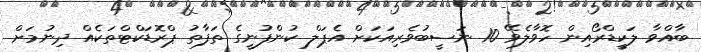
ބާއްވާ ލަކީޑްރޯއިން ހޮވާލެވޭ 10 ނަސީބުވެރިއަކަށް އެޕަލް ކުންފުނީގެ ތަފާތު ޕްރޮޑަކްޓްތަކެއް ދިނުމަށް